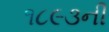
૧૮૯૩ની